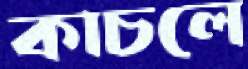
কাচলে